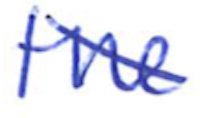
Text: the
Cross-out: diagonal
Writing tool: ballpoint